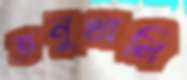
তনুখানি